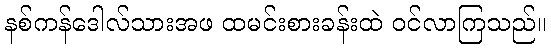
နစ်ကန်ဒေါလ်သားအဖ ထမင်းစားခန်းထဲ ဝင်လာကြသည်။